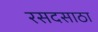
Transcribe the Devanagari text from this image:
रसदसाठा